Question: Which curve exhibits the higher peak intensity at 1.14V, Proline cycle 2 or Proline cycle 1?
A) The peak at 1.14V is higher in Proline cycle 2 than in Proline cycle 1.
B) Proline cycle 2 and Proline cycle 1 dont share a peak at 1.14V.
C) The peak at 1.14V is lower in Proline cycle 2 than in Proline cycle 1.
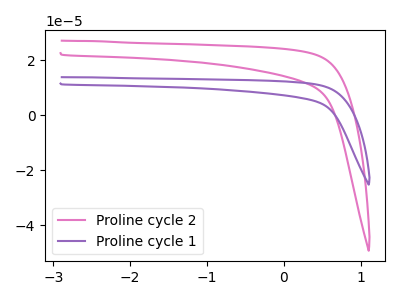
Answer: <think>The pink curve "Proline cycle 2" has no peaks. The purple curve "Proline cycle 1" has no peaks.</think>
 <answer>B) "Proline cycle 2" and "Proline cycle 1" dont share a peak at 1.14V.</answer>
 <eval>B</eval>